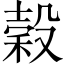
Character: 穀